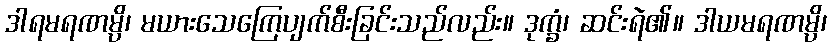
ဒါရမရဏမ္ပိ၊ မယားသေကြေပျက်စီးခြင်းသည်လည်း။ ဒုက္ခံ၊ ဆင်းရဲ၏။ ဒါယမရဏမ္ပိ၊